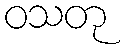
ဝသတု